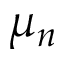
\mu _ { n }